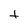
Character: t